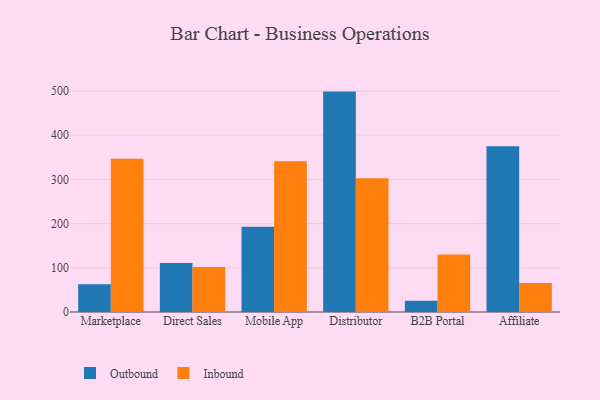
{"axis": {"x": "Channel", "y": "Website Visitors"}, "legend": ["Inbound", "Outbound"], "data": [{"x": "Marketplace", "y": 62.6, "type": "Outbound"}, {"x": "Marketplace", "y": 346.7, "type": "Inbound"}, {"x": "Direct Sales", "y": 110.6, "type": "Outbound"}, {"x": "Direct Sales", "y": 101.7, "type": "Inbound"}, {"x": "Mobile App", "y": 192.9, "type": "Outbound"}, {"x": "Mobile App", "y": 341.0, "type": "Inbound"}, {"x": "Distributor", "y": 498.7, "type": "Outbound"}, {"x": "Distributor", "y": 302.7, "type": "Inbound"}, {"x": "B2B Portal", "y": 25.4, "type": "Outbound"}, {"x": "B2B Portal", "y": 129.9, "type": "Inbound"}, {"x": "Affiliate", "y": 375.2, "type": "Outbound"}, {"x": "Affiliate", "y": 65.4, "type": "Inbound"}]}